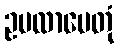
ဥပလာပေတုံ